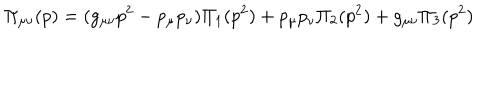
LaTeX: \Pi _ { \mu \nu } ( p ) = ( g _ { \mu \nu } p ^ { 2 } - p _ { \mu } p _ { \nu } ) \Pi _ { 1 } ( p ^ { 2 } ) + p _ { \mu } p _ { \nu } \Pi _ { 2 } ( p ^ { 2 } ) + g _ { \mu \nu } \Pi _ { 3 } ( p ^ { 2 } )